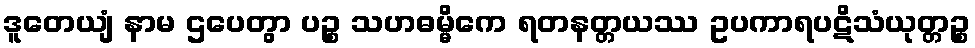
ဒူတေယျံ နာမ ဌပေတွာ ပဉ္စ သဟဓမ္မိကေ ရတနတ္တယဿ ဥပကာရပဋိသံယုတ္တဉ္စ